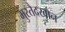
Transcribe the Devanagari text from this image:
मुस्तैदखान